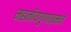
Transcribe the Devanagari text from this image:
महनीयगुणात्मने